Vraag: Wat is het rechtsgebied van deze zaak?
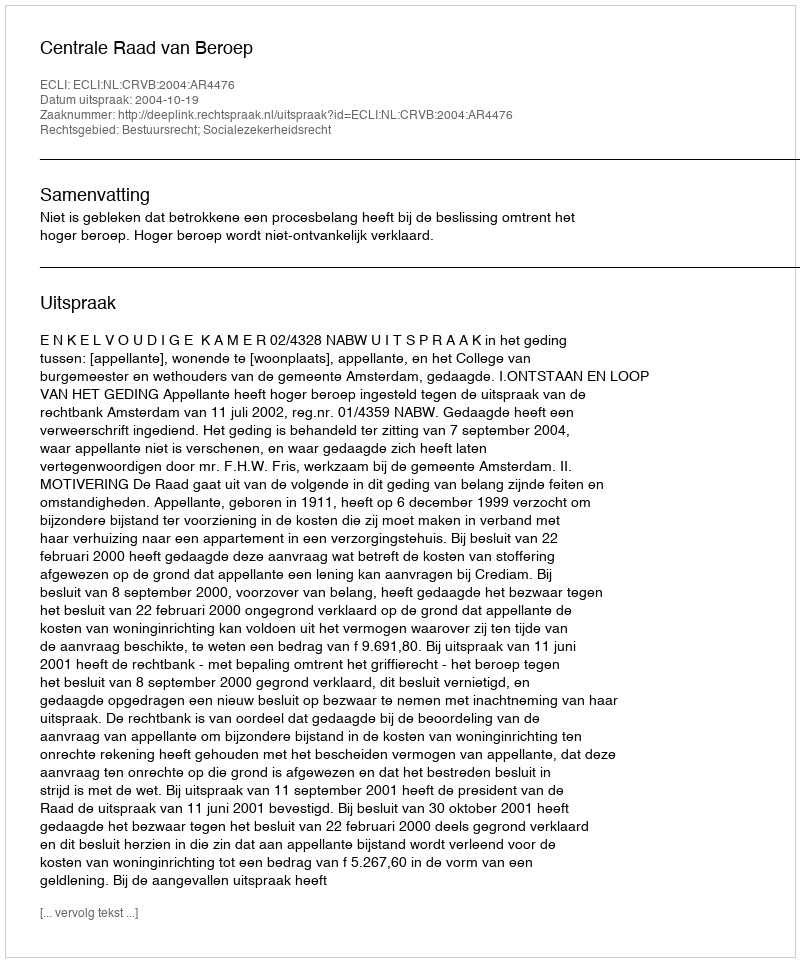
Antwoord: Bestuursrecht; Socialezekerheidsrecht